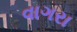
વાગરા